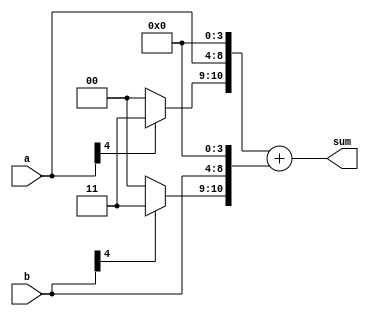
module fx_pt_add (a,
                  b,
                  sum);
    
    parameter SGN     = 1;
    parameter WIDTH   = 5;
    parameter A_INT_W = 4;
    parameter B_INT_W = 4;
    
    input [WIDTH-1:0]  a,b;
    output [2*WIDTH :0] sum;
    
    reg compare;
    reg equal_zero;
    integer i;

    /*generate ---case*/
    generate
    reg [2*WIDTH :0] temp_a,temp_b;
    reg [2*WIDTH :0] temp_sum;
    reg [2*WIDTH-1:0] zero;

    assign sum = temp_sum;

    

    

    always @(SGN or a or b) begin

        for(i = 0; i<2*WIDTH-1; i=i+1)
        begin
            zero[i]=1'b0;
        end
        case(SGN)
            1'b0:
            begin
                temp_a = {{ WIDTH-A_INT_W+1 {1'b0}} ,a ,{A_INT_W{1'b0}} };
                temp_b = {{ WIDTH-B_INT_W+1 {1'b0}} ,b ,{B_INT_W{1'b0}} };
                temp_sum    = temp_a + temp_b;
            end
            1'b1:
            begin
                temp_a = {{a[WIDTH-1] == 1'b0 ? {WIDTH-A_INT_W+1 {1'b0}} :{WIDTH-A_INT_W+1 {1'b1}}} ,a ,{A_INT_W{1'b0}} };
                temp_b = {{b[WIDTH-1] == 1'b0 ? {WIDTH-B_INT_W+1 {1'b0}} :{WIDTH-B_INT_W+1 {1'b1}}} ,b ,{B_INT_W{1'b0}} };
                temp_sum    = temp_a + temp_b;
            end
            default:
            begin
                temp_a = { {a[WIDTH-1] == 1'b0 ? 1'b0 :1'b1} ,{WIDTH-A_INT_W+1{1'b0}},a[WIDTH-2:0] ,{A_INT_W{1'b0}} };
                temp_b = { {b[WIDTH-1] == 1'b0 ? 1'b0 :1'b1} ,{WIDTH-B_INT_W+1{1'b0}},b[WIDTH-2:0] ,{B_INT_W{1'b0}} };
                
                compare = (temp_a[2*WIDTH-1:0] < temp_b[2*WIDTH-1:0])? 1'b0 : 1'b1;
                equal_zero = ((temp_a[2*WIDTH-1:0] == zero[2*WIDTH-1:0]) && ((temp_b[2*WIDTH-1:0]) == zero[2*WIDTH-1:0]))? 1'b0 : 1'b1;

                casez ({temp_a[2*WIDTH],temp_b[2*WIDTH],compare,equal_zero})
                    4'b00zz: begin
                        temp_sum          = temp_a + temp_b;
                        temp_sum[2*WIDTH] = 0;
                    end
                    
                    4'b010z: begin
                        temp_b       = ~temp_b +1;
                        temp_sum          = temp_a + temp_b;
                        temp_sum          = ~temp_sum + 1;
                        temp_sum[2*WIDTH] = 1;
                    end
                    
                    4'b011z: begin
                        temp_b       = ~temp_b +1;
                        temp_sum          = temp_a + temp_b;
                        temp_sum[2*WIDTH] = 0;
                    end
                    
                    4'b100z: begin
                        temp_a       = ~temp_a +1;
                        temp_sum          = temp_a + temp_b;
                        temp_sum[2*WIDTH] = 0;
                    end
                    4'b101z: begin
                        temp_a = ~temp_a +1;
                        temp_sum    = temp_a + temp_b; //10~
                        
                        temp_sum          = ~temp_sum + 1;
                        temp_sum[2*WIDTH] = (temp_sum[2*WIDTH-1:0] == 0) ? 1'b0 : 1'b1;
                    end
                    4'b11z0: begin
                        temp_sum          = temp_a + temp_b;
                        temp_sum[2*WIDTH] = 1;
                    end
                    4'b11z1: begin
                        temp_sum          = temp_a + temp_b;
                        temp_sum[2*WIDTH] = 1;                       
                    end
                endcase
            end
        endcase

    end
    
    endgenerate
    
    
endmodule